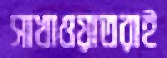
সাখাওয়াতরাই